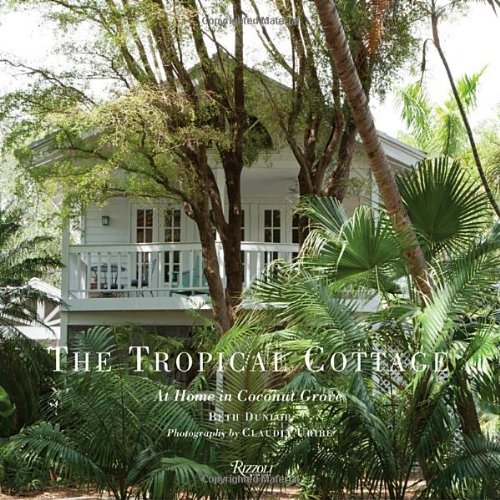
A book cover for The Tropical Cottage: At Home in Coconut Grove; Beth Dunlop; Crafts, Hobbies & Home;